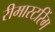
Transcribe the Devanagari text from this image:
रीमास्टरिंग